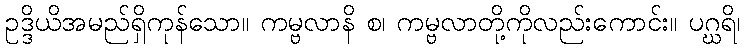
ဥဒ္ဒိယိအမည်ရှိကုန်သော။ ကမ္ဗလာနိ စ၊ ကမ္ဗလာတို့ကိုလည်းကောင်း။ ပဂ္ဃရိ၊